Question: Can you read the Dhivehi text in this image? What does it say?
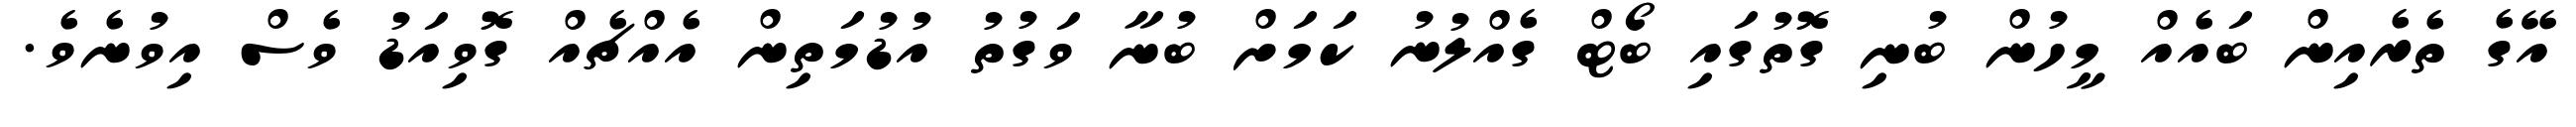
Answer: އޭގެ ތެރެއިން ބައެއް މީހުން ބުނި ގޮތުގައި ބޯޓް ގެއްލުނު ކަމަށް ބުނާ ވަގުތު އުޑުމަތިން އެއްޗެއް ގޮވިއަޑު ވެސް އިވުނެވެ.